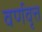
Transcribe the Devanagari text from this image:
वर्णवृत्त